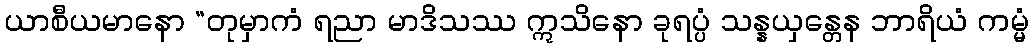
ယာစီယမာနော “တုမှာကံ ရညာ မာဒိသဿ ဣသိနော ခုရပ္ပံ သန္နယှန္တေန ဘာရိယံ ကမ္မံ